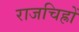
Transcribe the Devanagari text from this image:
राजचिह्रों